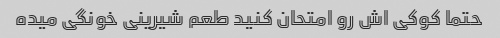
حتما کوکی اش رو امتحان کنید طعم شیرینی خونگی میده